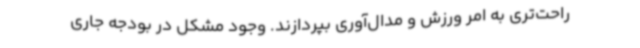
راحت‌تری به امر ورزش و مدال‌آوری بپردازند. وجود مشکل در بودجه جاری